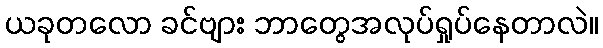
ယခုတလော ခင်ဗျား ဘာတွေအလုပ်ရှုပ်နေတာလဲ။